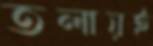
তলায়ই